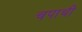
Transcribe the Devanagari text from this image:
चपाथी